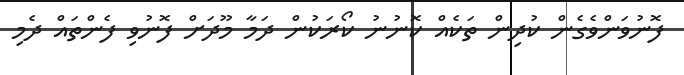
ފޮނުވަންވެގެން ކުދިން ތަކެއް ކޮނުނު ކޯރަކުން ދަަމާ މޫދަށް ފޮނުވި ފެންތައް ދެމި